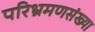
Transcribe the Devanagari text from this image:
परिभ्रमणसंख्या